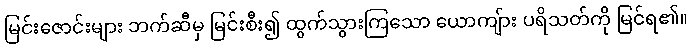
မြင်းဇောင်းများ ဘက်ဆီမှ မြင်းစီး၍ ထွက်သွားကြသော ယောကျ်ား ပရိသတ်ကို မြင်ရ၏။